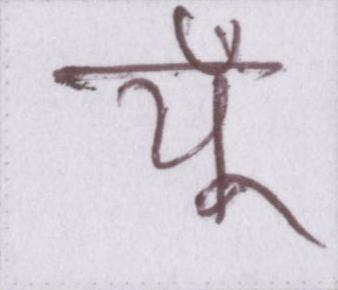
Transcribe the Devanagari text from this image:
यूँ